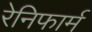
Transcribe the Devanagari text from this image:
रेनिफार्म